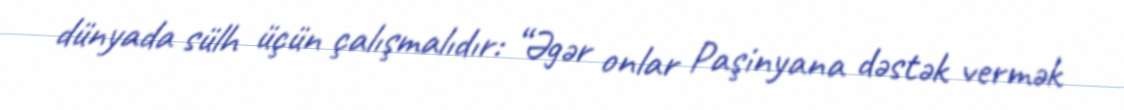
dünyada sülh üçün çalışmalıdır: “Əgər onlar Paşinyana dəstək vermək